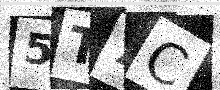
Text: 5T7C